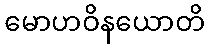
မောဟဝိနယောတိ